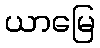
ယာမြေ